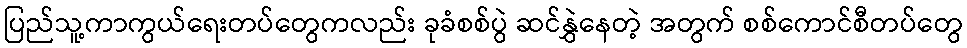
ပြည်သူ့ကာကွယ်ရေးတပ်တွေကလည်း ခုခံစစ်ပွဲ ဆင်နွှဲနေတဲ့ အတွက် စစ်ကောင်စီတပ်တွေ